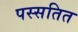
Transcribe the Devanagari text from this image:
पस्सतित